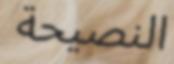
النصيحة